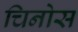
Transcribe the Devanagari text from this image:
चिनोस